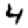
Digit: 4